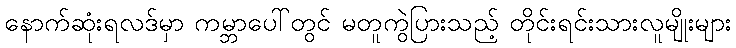
နောက်ဆုံးရလဒ်မှာ ကမ္ဘာပေါ်တွင် မတူကွဲပြားသည့် တိုင်းရင်းသားလူမျိုးများ